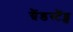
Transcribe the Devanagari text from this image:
ग्रैंडस्टैंड्स